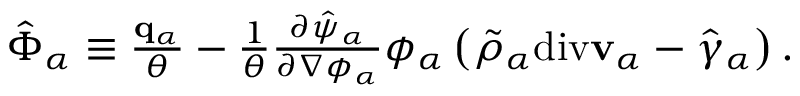
\begin{array} { r } { \hat { \boldsymbol { \Phi } } _ { \alpha } \equiv \frac { \mathbf { q } _ { \alpha } } { \theta } - \frac { 1 } { \theta } \frac { \partial \hat { \psi } _ { \alpha } } { \partial \nabla \phi _ { \alpha } } \phi _ { \alpha } \left( \tilde { \rho } _ { \alpha } \mathrm { d i v } \mathbf { v } _ { \alpha } - \hat { \gamma } _ { \alpha } \right) . } \end{array}